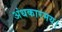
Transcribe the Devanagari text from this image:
अंधकारमय।